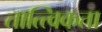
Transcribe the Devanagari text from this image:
तात्त्विकता